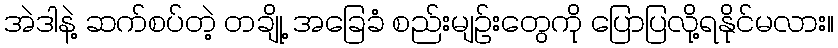
အဲဒါနဲ့ ဆက်စပ်တဲ့ တချို့ အခြေခံ စည်းမျဉ်းတွေကို ပြောပြလို့ရနိုင်မလား။